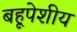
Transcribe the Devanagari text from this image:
बहूपेशीय